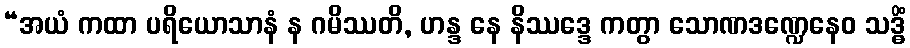
“အယံ ကထာ ပရိယောသာနံ န ဂမိဿတိ, ဟန္ဒ နေ နိဿဒ္ဒေ ကတွာ သောဏဒဏ္ဍေနေဝ သဒ္ဓိံ